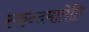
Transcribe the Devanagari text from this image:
स्कन्दमातेति